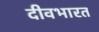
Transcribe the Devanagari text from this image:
दीवभारत